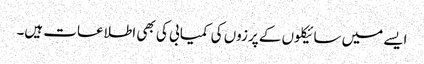
ایسے میں سائیکلوں کے پرزوں کی کمیابی کی بھی اطلاعات ہیں۔